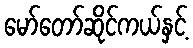
မော်တော်ဆိုင်ကယ်နှင့်